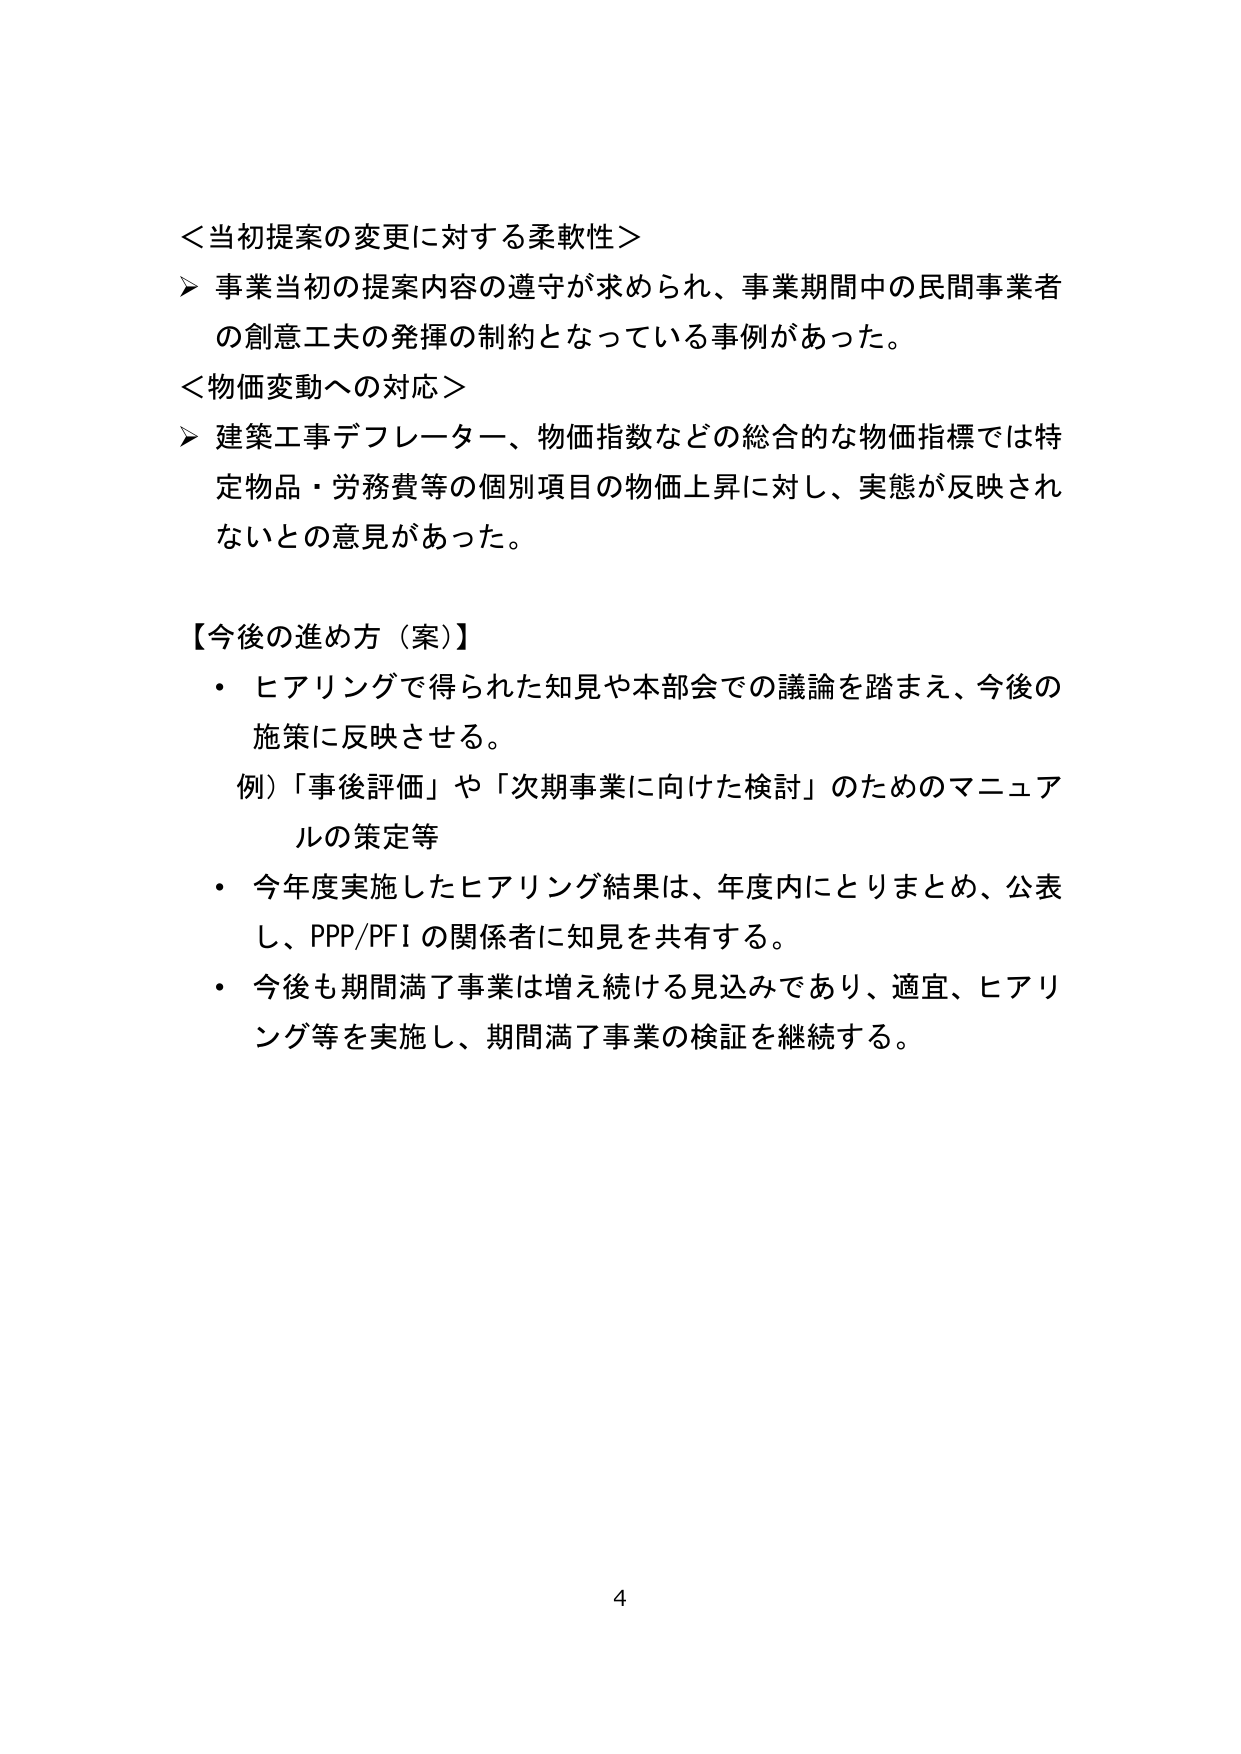
＜当初提案の変更に対する柔軟性＞
➤ 事業当初の提案内容の遵守が求められ、事業期間中の民間事業者の創意工夫の発揮の制約となっている事例があった。
＜物価変動への対応＞
➤ 建築工事デフレーター、物価指数などの総合的な物価指標では特定物品・労務費等の個別項目の物価上昇に対し、実態が反映されないとの意見があった。

【今後の進め方（案）】
・ ヒアリングで得られた知見や本部会での議論を踏まえ、今後の施策に反映させる。
　例）「事後評価」や「次期事業に向けた検討」のためのマニュアルの策定等
・ 今年度実施したヒアリング結果は、年度内にとりまとめ、公表し、PPP/PFI の関係者に知見を共有する。
・ 今後も期間満了事業は増え続ける見込みであり、適宜、ヒアリング等を実施し、期間満了事業の検証を継続する。

4